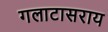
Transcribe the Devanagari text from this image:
गलाटासराय